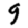
Digit: 9